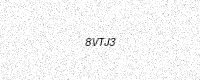
Text: 8VTJ3